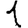
Digit: 1